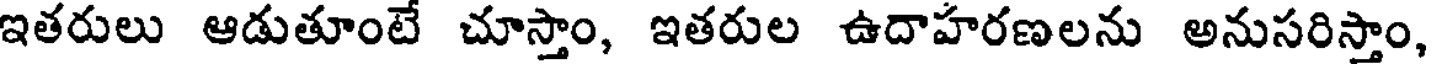
ఇతరులు ఆడుతూంటే చూస్తాం, ఇతరుల ఉదాహరణలను అనుసరిస్తాం,